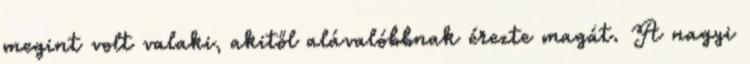
megint volt valaki, akitől alávalóbbnak érezte magát. A nagyi